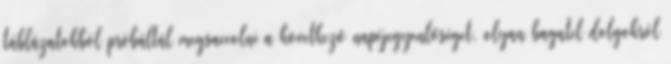
táblázatokból próbáltál megsaccolni a következő napéjegyenlőséget, olyan bagatel dolgokról